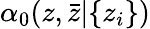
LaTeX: \alpha_{0}(z,{\bar{z}}|\{ z_{i}\} )